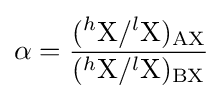
\alpha ={\frac {(^{h}{\mathrm {X} }/^{l}{\mathrm {X} })_{\mathrm {AX} }}{(^{h}{\mathrm {X} }/^{l}{\mathrm {X} })_{\mathrm {BX} }}}